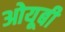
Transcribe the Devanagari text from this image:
ओयूबी